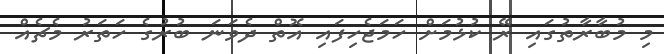
މި މުބާރާތުގައި ރޭ ކުޅުމަށް ހަމަޖެހިފައި އޮތް ދެވަނަ ބުރުގެ ހަތަރު މެޗެއް